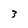
Character: 3